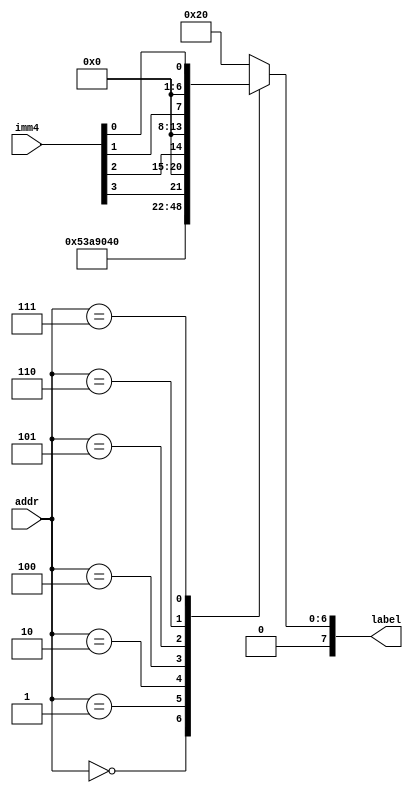
module sta_rom (
	input [4:0] addr,
	input [3:0] imm4,
	output reg [7:0] label
	);
	
	always @(*)
		case (addr)
			0: label = "S";
			1: label = "T";
			2: label = "A";
			4: label = imm4[3];
			5: label = imm4[2];
			6: label = imm4[1];
			7: label = imm4[0];
			default: label = " ";
		endcase
	
endmodule